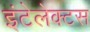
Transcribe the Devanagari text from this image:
इंटेलेक्टस